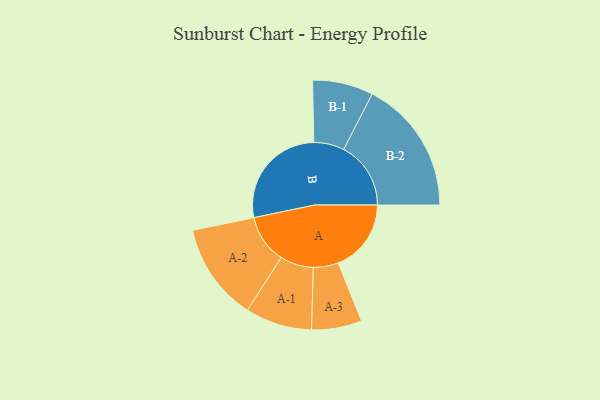
{"axis": {"x": "Segment", "y": "Value"}, "legend": ["", "A", "B"], "data": [{"x": "A", "y": 317, "type": ""}, {"x": "B", "y": 468, "type": ""}, {"x": "A-1", "y": 145, "type": "A"}, {"x": "A-2", "y": 212, "type": "A"}, {"x": "A-3", "y": 109, "type": "A"}, {"x": "B-1", "y": 132, "type": "B"}, {"x": "B-2", "y": 292, "type": "B"}]}